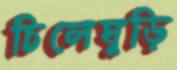
চিলেঘুড়ি